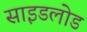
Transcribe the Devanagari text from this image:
साइडलोड